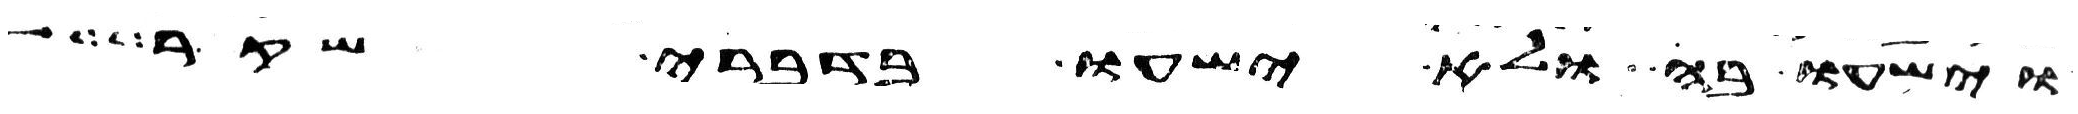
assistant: וישעו בה ולא ישעו בדברי שקר